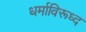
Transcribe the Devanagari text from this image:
धर्माविरूध्द